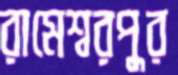
রামেশ্বরপুর